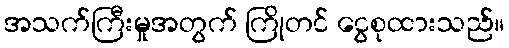
အသက်ကြီးမှုအတွက် ကြိုတင် ငွေစုထားသည်။